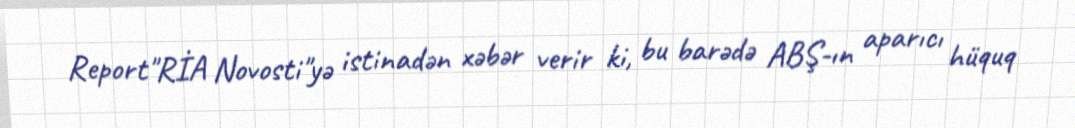
Report"RİA Novosti"yə istinadən xəbər verir ki, bu barədə ABŞ-ın aparıcı hüquq